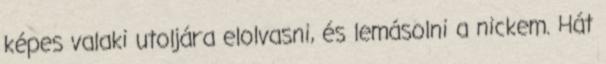
képes valaki utoljára elolvasni, és lemásolni a nickem. Hát